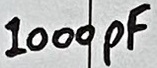
Text: 1000pF